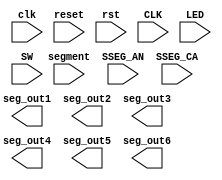
// Copyright (C) 2022  Intel Corporation. All rights reserved.
// Your use of Intel Corporation's design tools, logic functions 
// and other software and tools, and any partner logic 
// functions, and any output files from any of the foregoing 
// (including device programming or simulation files), and any 
// associated documentation or information are expressly subject 
// to the terms and conditions of the Intel Program License 
// Subscription Agreement, the Intel Quartus Prime License Agreement,
// the Intel FPGA IP License Agreement, or other applicable license
// agreement, including, without limitation, that your use is for
// the sole purpose of programming logic devices manufactured by
// Intel and sold by Intel or its authorized distributors.  Please
// refer to the applicable agreement for further details, at
// https://fpgasoftware.intel.com/eula.

module top_module
(
// {ALTERA_ARGS_BEGIN} DO NOT REMOVE THIS LINE!

	clk,
	reset,
	seg_out1,
	seg_out2,
	seg_out3,
	seg_out4,
	seg_out5,
	seg_out6,
	rst,
	CLK,
	segment,
	LED,
	SSEG_AN,
	SSEG_CA,
	SW
// {ALTERA_ARGS_END} DO NOT REMOVE THIS LINE!

);

// {ALTERA_IO_BEGIN} DO NOT REMOVE THIS LINE!
input			clk;
input			reset;
output	[5:0]	seg_out1;
output	[5:0]	seg_out2;
output	[5:0]	seg_out3;
output	[5:0]	seg_out4;
output	[5:0]	seg_out5;
output	[5:0]	seg_out6;
input			rst;
input			CLK;
input	[0:6]	segment;
input	[0:3]	LED;
input	[0:7]	SSEG_AN;
input	[0:7]	SSEG_CA;
input	[0:3]	SW;

// {ALTERA_IO_END} DO NOT REMOVE THIS LINE!
// {ALTERA_MODULE_BEGIN} DO NOT REMOVE THIS LINE!
// {ALTERA_MODULE_END} DO NOT REMOVE THIS LINE!
endmodule